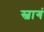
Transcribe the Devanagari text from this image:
स्वागं